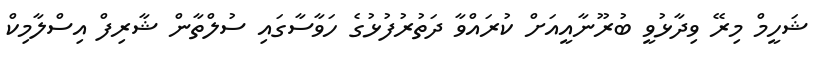
ޝަހީމް މިރޭ ވިދާޅުވީ ބުރޫނާއީއަށް ކުރައްވާ ދަތުރުފުޅުގެ ހަވާސާގައި ސުލްތާން ޝާރިފް އިސްލާމިކް